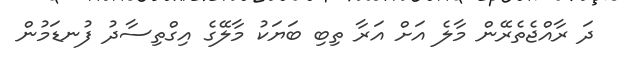
ދަ ރާއްޖެތެރޭން މާލެ އަށް އަރާ ތިބި ބަޔަކު މާލޭގެ އިގްތިސާދު ފުނޑަމުން